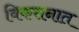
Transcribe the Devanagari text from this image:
विकसनात